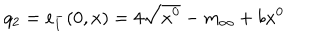
q _ { 2 } = e _ { 1 } ^ { - } ( 0 , x ) = 4 \sqrt { x ^ { 0 } } - m _ { \infty } + b x ^ { 0 }